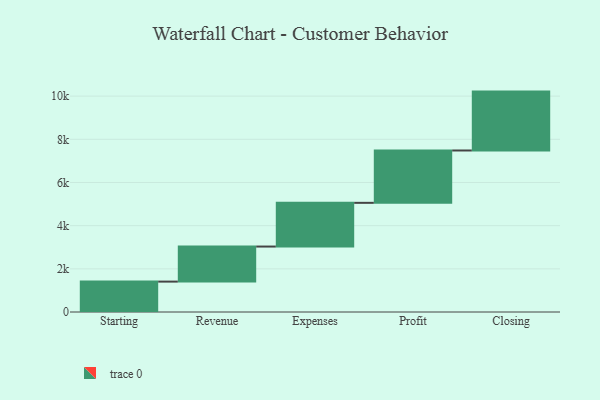
{"axis": {"x": "Step", "y": "Value"}, "legend": [""], "data": [{"x": "Starting", "y": 1408.0, "type": ""}, {"x": "Revenue", "y": 1624.0, "type": ""}, {"x": "Expenses", "y": 2025.0, "type": ""}, {"x": "Profit", "y": 2425.0, "type": ""}, {"x": "Closing", "y": 2728.0, "type": ""}]}